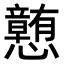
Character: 𪭂